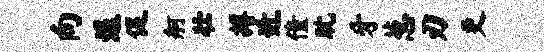
向退促舸壮搏近僮耽牙葱刃更